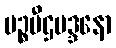
မဉ္စပီဌမဒ္ဒနော